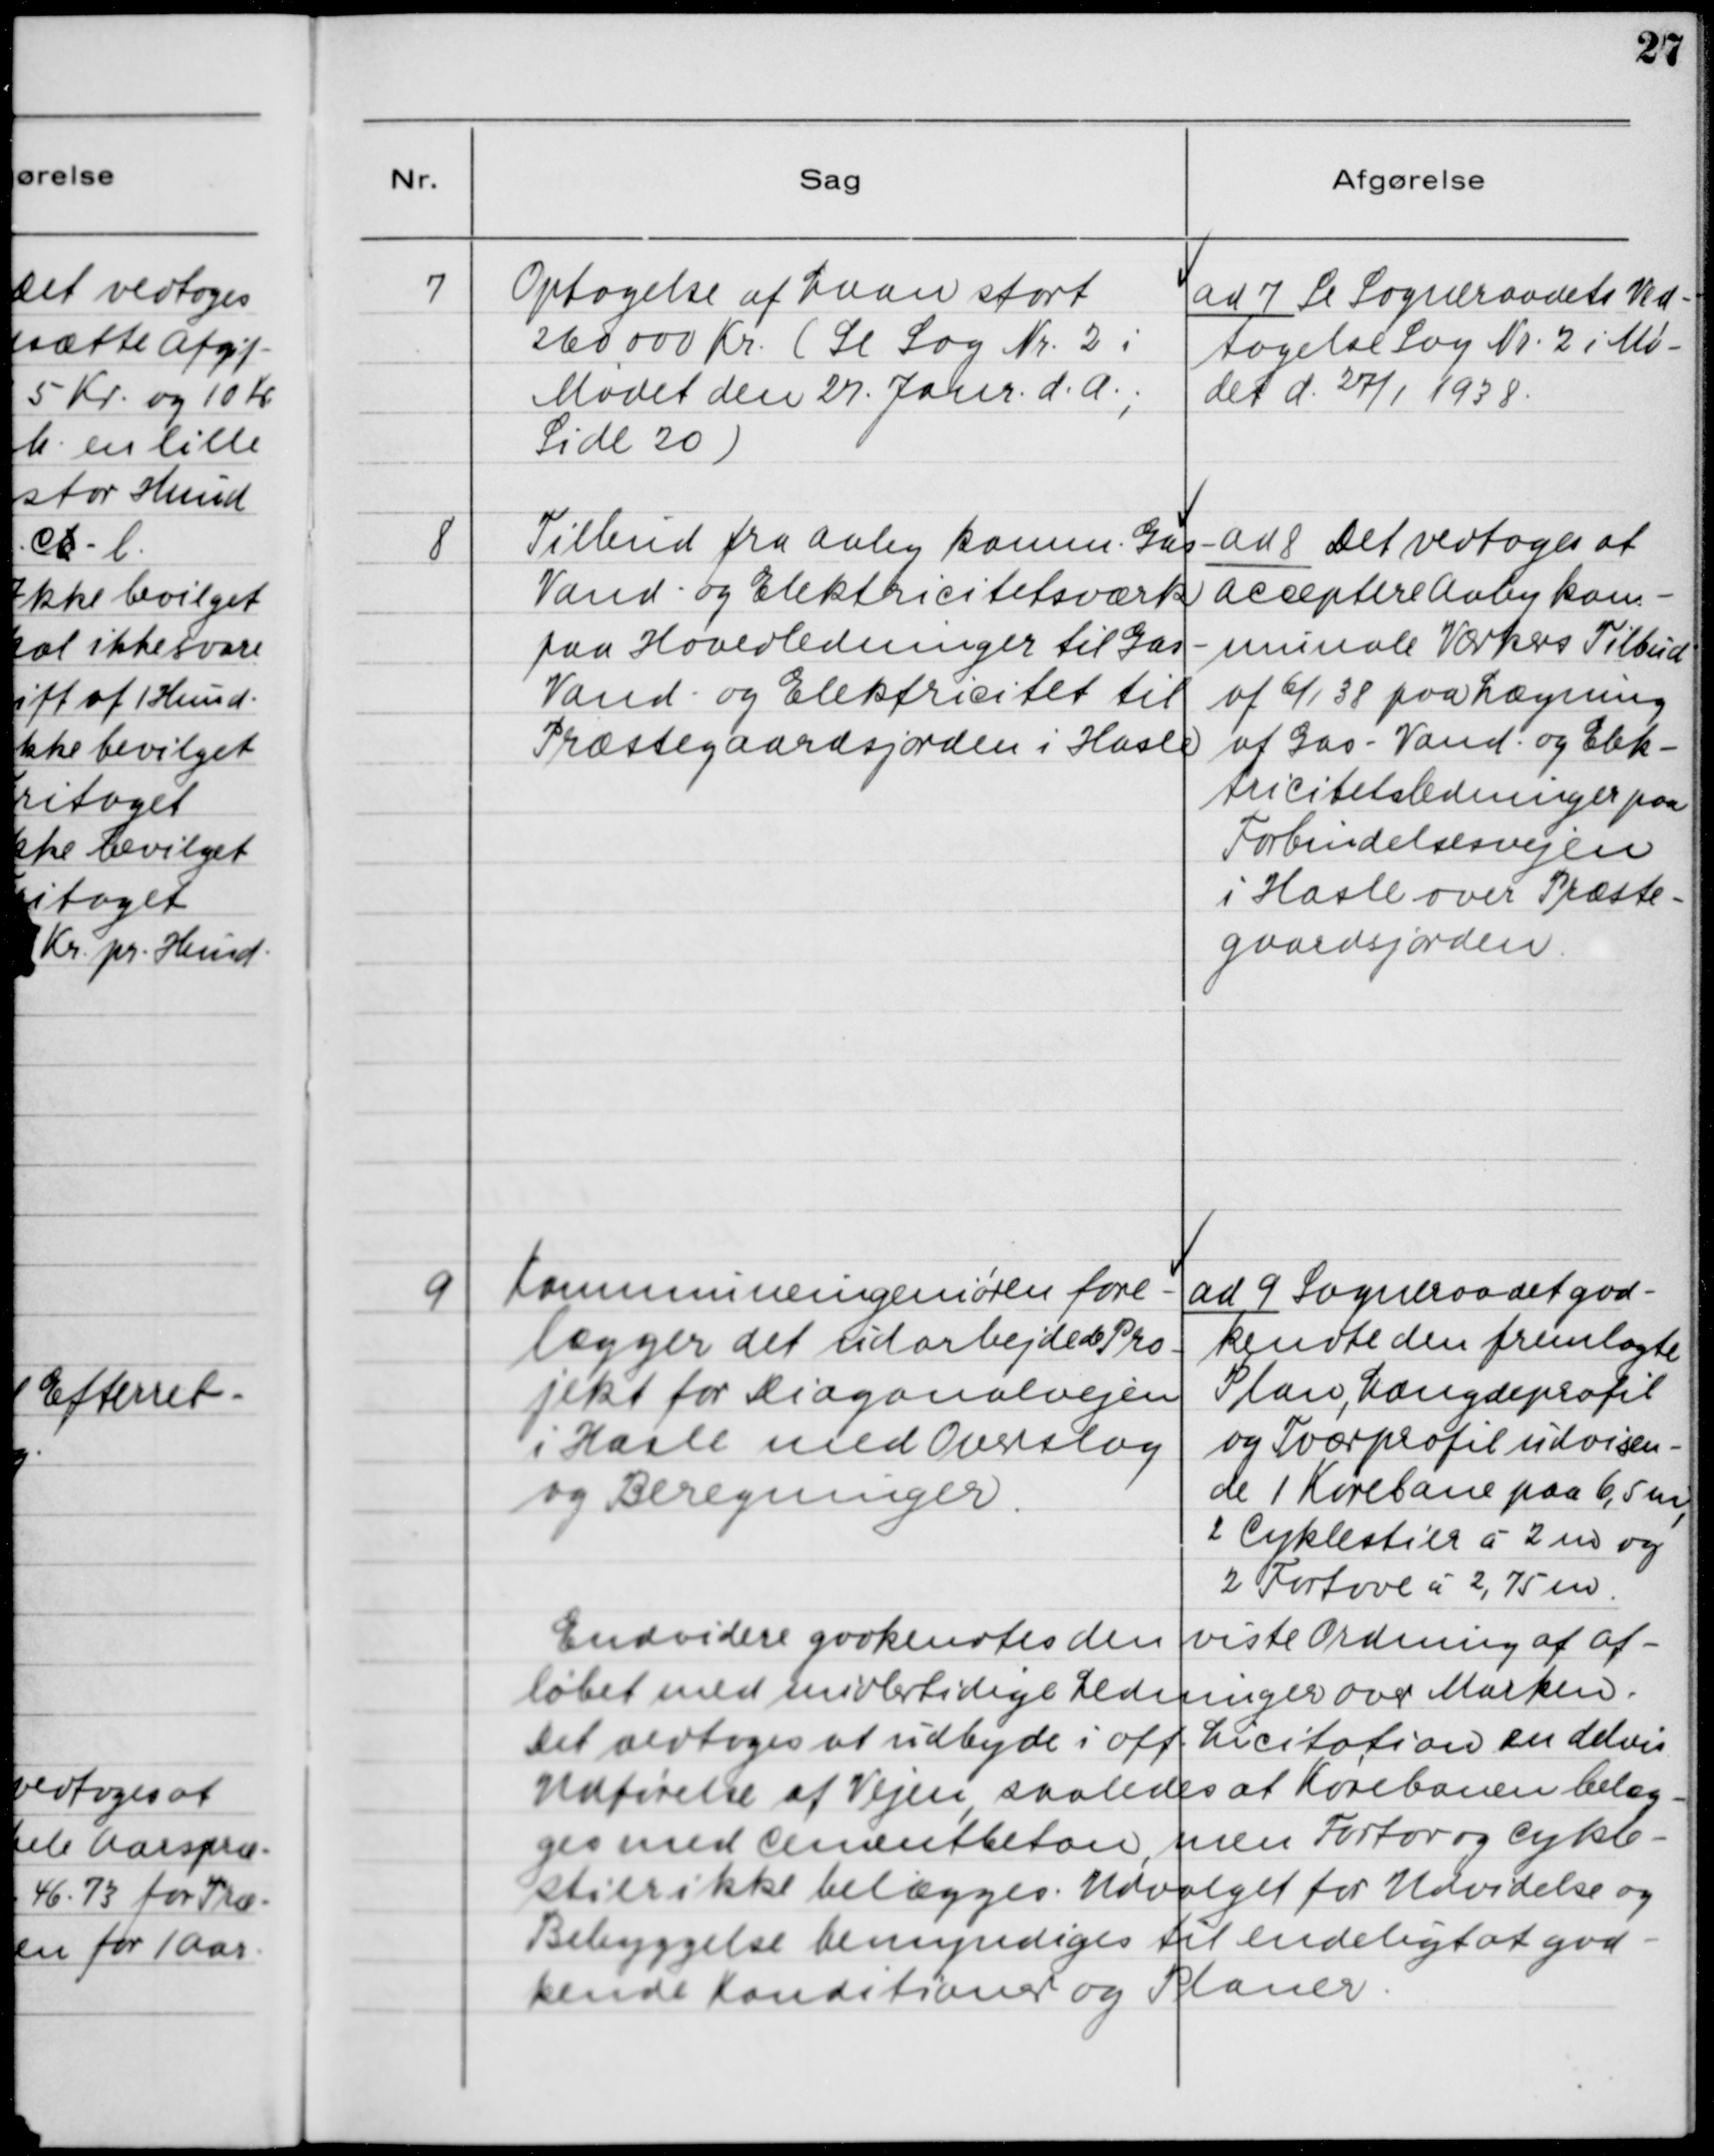
Transskription:
7. Optagelse af Laan stort
260 000 Kr. (Se Sag Nr. 2 i
Mødet den 27. Janr. d. A.,
Side 20)

ad 7. Se Sogneraadets Ved-
tagelse Sag Nr. 2 i Mø-
det d. 27/1 1938.

8. Tilbud fra Aaby komm. Gas-
Vand- og Elektricitetsværk
paa Hovedledninger til Gas-
Vand- og Elektricitet til
Præstegaardsjorden i Hasle.

ad 8. Det vedtoges at
acceptere Aaby kom-
munale Værkers Tilbud
af 6/1 38 paa Lægning
af Gas- Vand- og Elek-
tricitetsledninger paa
Forbindelsesvejen
i Hasle over Præste-
gaardsjorden.

9. Kommuneingeniøren fore-
lægger det udarbejdede Pro-
jekt for Diagonalvejen
i Hasle med Overslag
og Beregninger.

ad 9. Sogneraadet god-
kendte den fremlagte
Plan, Længdeprofil
og Tværprofil udvisen-
de 1 Kørebane paa 6,5 m,
2 Cyklestier á 2 m og
2 Fortove á 2,75 m.
Endvidere godkendtes den viste Ordning af Af-
løbet med midlertidige Ledninger over Marken.
Det vedtoges at udbyde i off. Licitation en delvis
Udførelse af Vejen, saaledes at Kørebanen belæg-
ges med Cementbeton, men Fortov og Cykle-
stier ikke belægges. Udvalget for Udvidelse og
Bebyggelse bemyndiges til endeligt at god-
kende Konditioner og Planer.